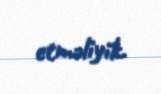
etməliyik.